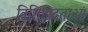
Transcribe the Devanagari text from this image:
विशिषिटताओं